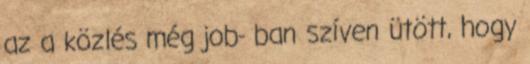
az a közlés még job- ban szíven ütött, hogy